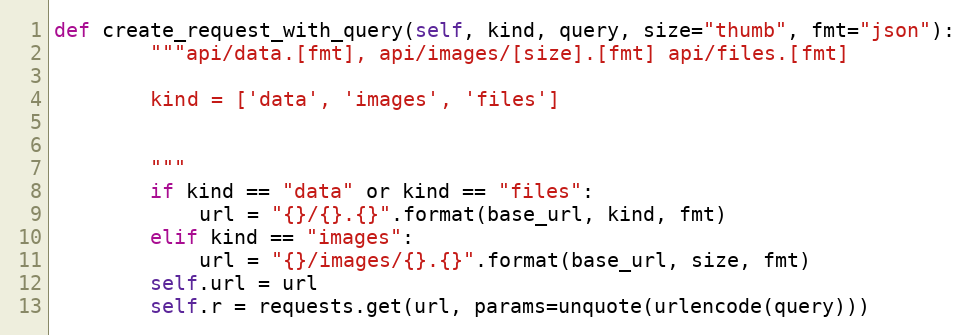
Language: Python
def create_request_with_query(self, kind, query, size="thumb", fmt="json"):
        """api/data.[fmt], api/images/[size].[fmt] api/files.[fmt]

        kind = ['data', 'images', 'files']

        """
        if kind == "data" or kind == "files":
            url = "{}/{}.{}".format(base_url, kind, fmt)
        elif kind == "images":
            url = "{}/images/{}.{}".format(base_url, size, fmt)
        self.url = url
        self.r = requests.get(url, params=unquote(urlencode(query)))